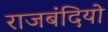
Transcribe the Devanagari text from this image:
राजबंदियो